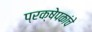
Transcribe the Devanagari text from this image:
प्रक्षेपकांचे